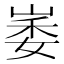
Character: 崣